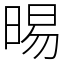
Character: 晹